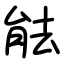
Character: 䏻